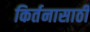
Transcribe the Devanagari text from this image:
किर्तनासाठी